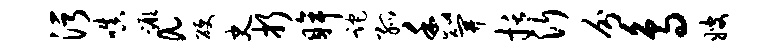
污嗔蹶a硬史折眸跎孤香笄括沂分鸟嫂